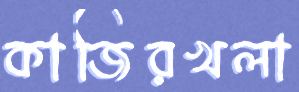
কাজিরখলা